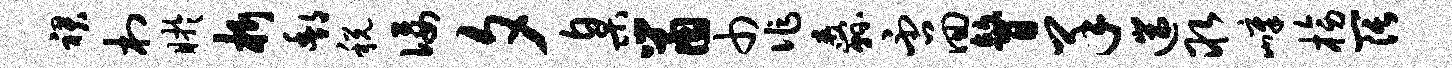
裙村盱析酆税佞夕臬鼠巾作纛否回瞽羊遄取嶂榜阔